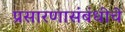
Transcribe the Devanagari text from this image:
प्रसारणासंबंधीचे